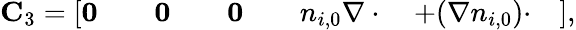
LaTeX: \begin{array}{r}{\mathbf{C}_{3}=\left[\mathbf{0}\qquad\mathbf{0}\qquad\mathbf{0}\qquad n_{i,0}\nabla\cdot\quad+(\nabla n_{i,0})\cdot\quad\right],}\end{array}